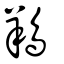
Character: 鴹